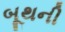
બૂથની